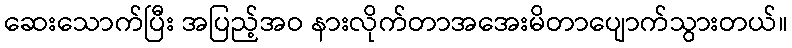
ဆေးသောက်ပြီး အပြည့်အဝ နားလိုက်တာအအေးမိတာပျောက်သွားတယ်။